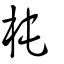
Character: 杶